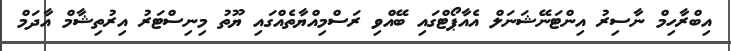
އިބްރާހިމް ނާސިރު އިންޓަނޭޝަނަލް އެއާޕޯޓްގައި ބޭއްވި ރަސްމިއްޔާތެއްގައި ޔޫތު މިނިސްޓަރު އިރުތިޝާމް އާދަމް